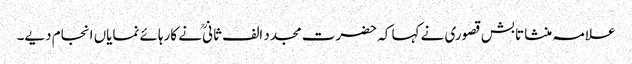
علامہ منشا تابش قصوری نے کہا کہ حضرت مجدد الف ثانیؒ نے کارہائے نمایاں انجام دیے۔